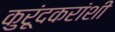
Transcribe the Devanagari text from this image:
कुरूंदकरांशी